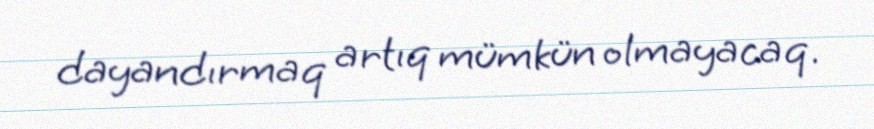
dayandırmaq artıq mümkün olmayacaq.